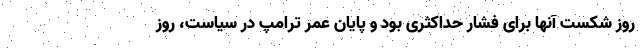
روز شکست آنها برای فشار حداکثری بود و پایان عمر ترامپ در سیاست، روز